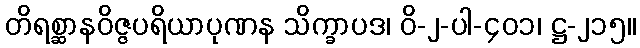
တိရစ္ဆာနဝိဇ္ဇပရိယာပုဏန သိက္ခာပဒ၊ ဝိ-၂-ပါ-၄၀၁၊ ဋ္ဌ-၂၁၅။